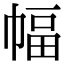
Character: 幅